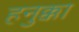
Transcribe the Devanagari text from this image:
हनुक्का